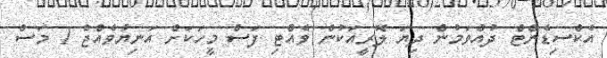
އެކްސިޑެންޓް ދުއްވަމުން ދިޔަ ލޮރީއަކުން ވެއްޓި ފަސް މީހަކަށް އަނިޔާވެއްޖެ 1 މަސް